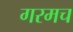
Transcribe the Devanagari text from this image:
गरमच